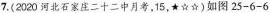
7.(2020河北石家庄二十二中月考，15，★☆☆)如图25-6-6